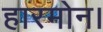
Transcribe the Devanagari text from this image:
हारमोन।